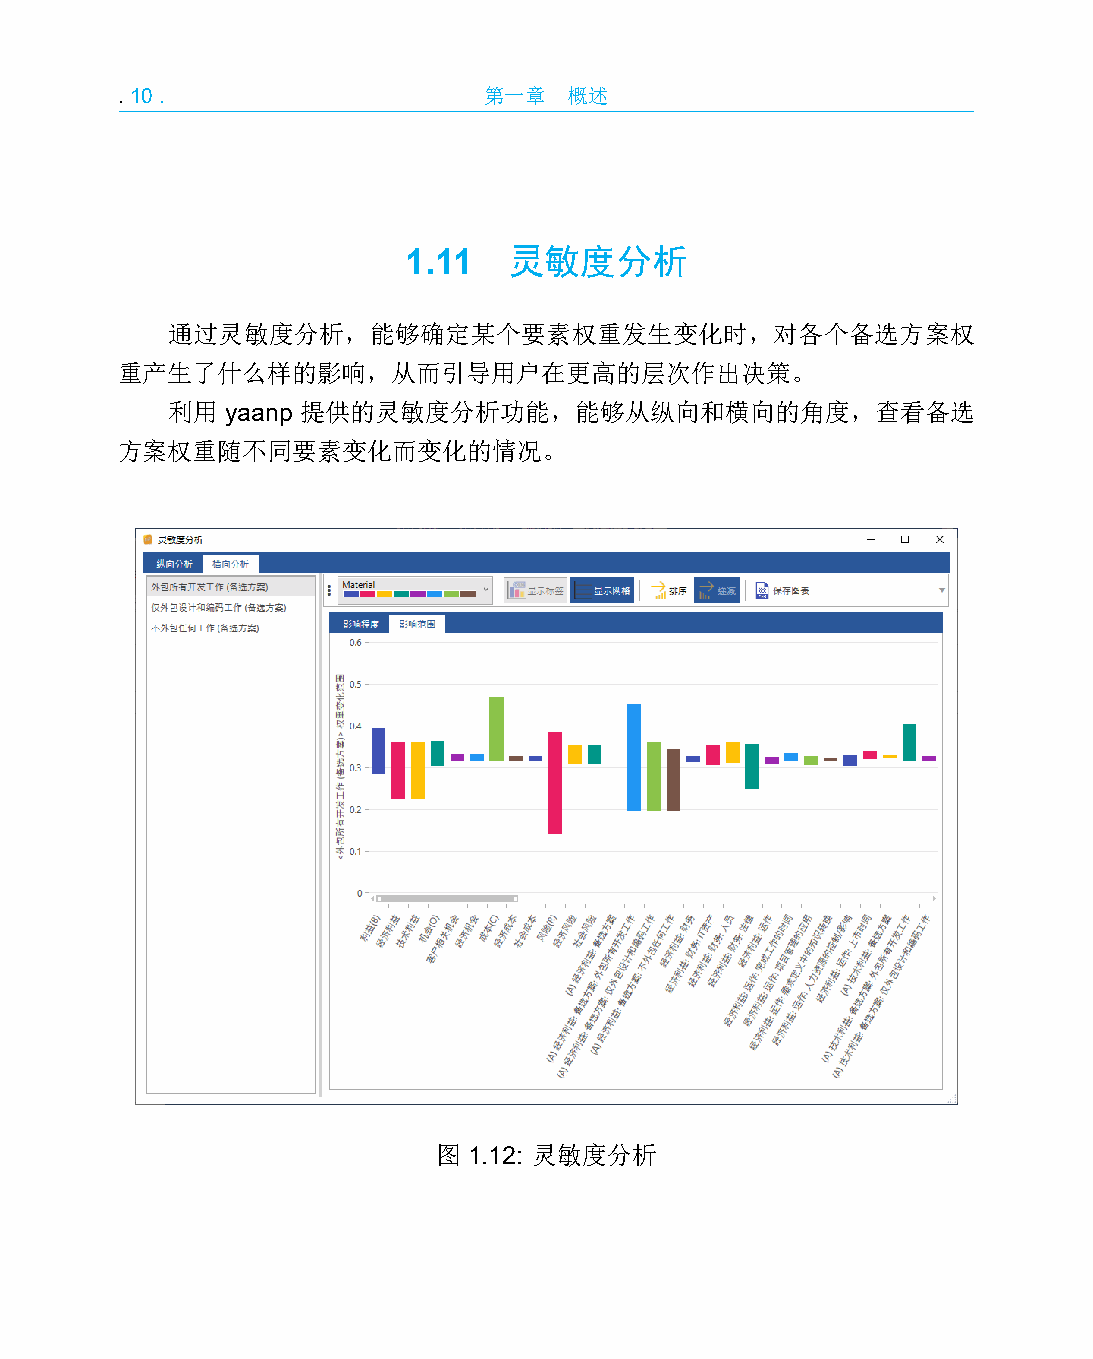
.10.                    第一章   概述
 1.11   灵敏度分析
 通过灵敏度分析，能够确定某个要素权重发生变化时，对各个备选方案权
 重产生了什么样的影响，从而引导用户在更高的层次作出决策。
 利用  yaanp 提供的灵敏度分析功能，能够从纵向和横向的角度，查看备选
 方案权重随不同要素变化而变化的情况。
 图 1.12: 灵敏度分析